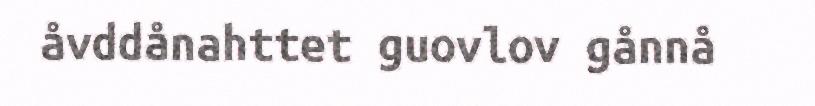
åvddånahttet guovlov gånnå